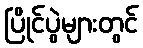
ပြိုင်ပွဲများတွင်